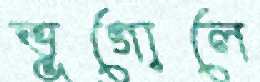
ভূগোলে